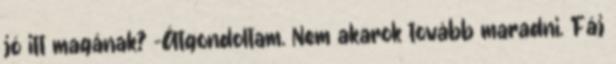
jó itt magának? -Átgondoltam. Nem akarok tovább maradni. Fáj